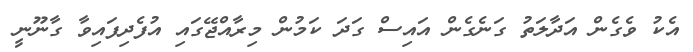
އެކު ވެގެން އަދާލަތު ގަނެގެން އައިސް ގަދަ ކަމުން މިރާއްޖޭގައި އުފެދިފައިވާ ގާނޫނީ